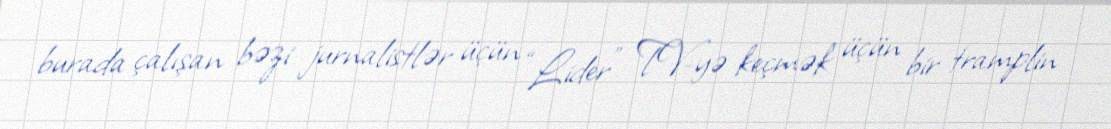
burada çalışan bəzi jurnalistlər üçün “Lider” TV-yə keçmək üçün bir tramplin